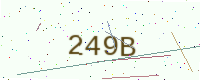
Text: 249B